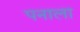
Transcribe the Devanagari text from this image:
पनाला